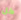
كل